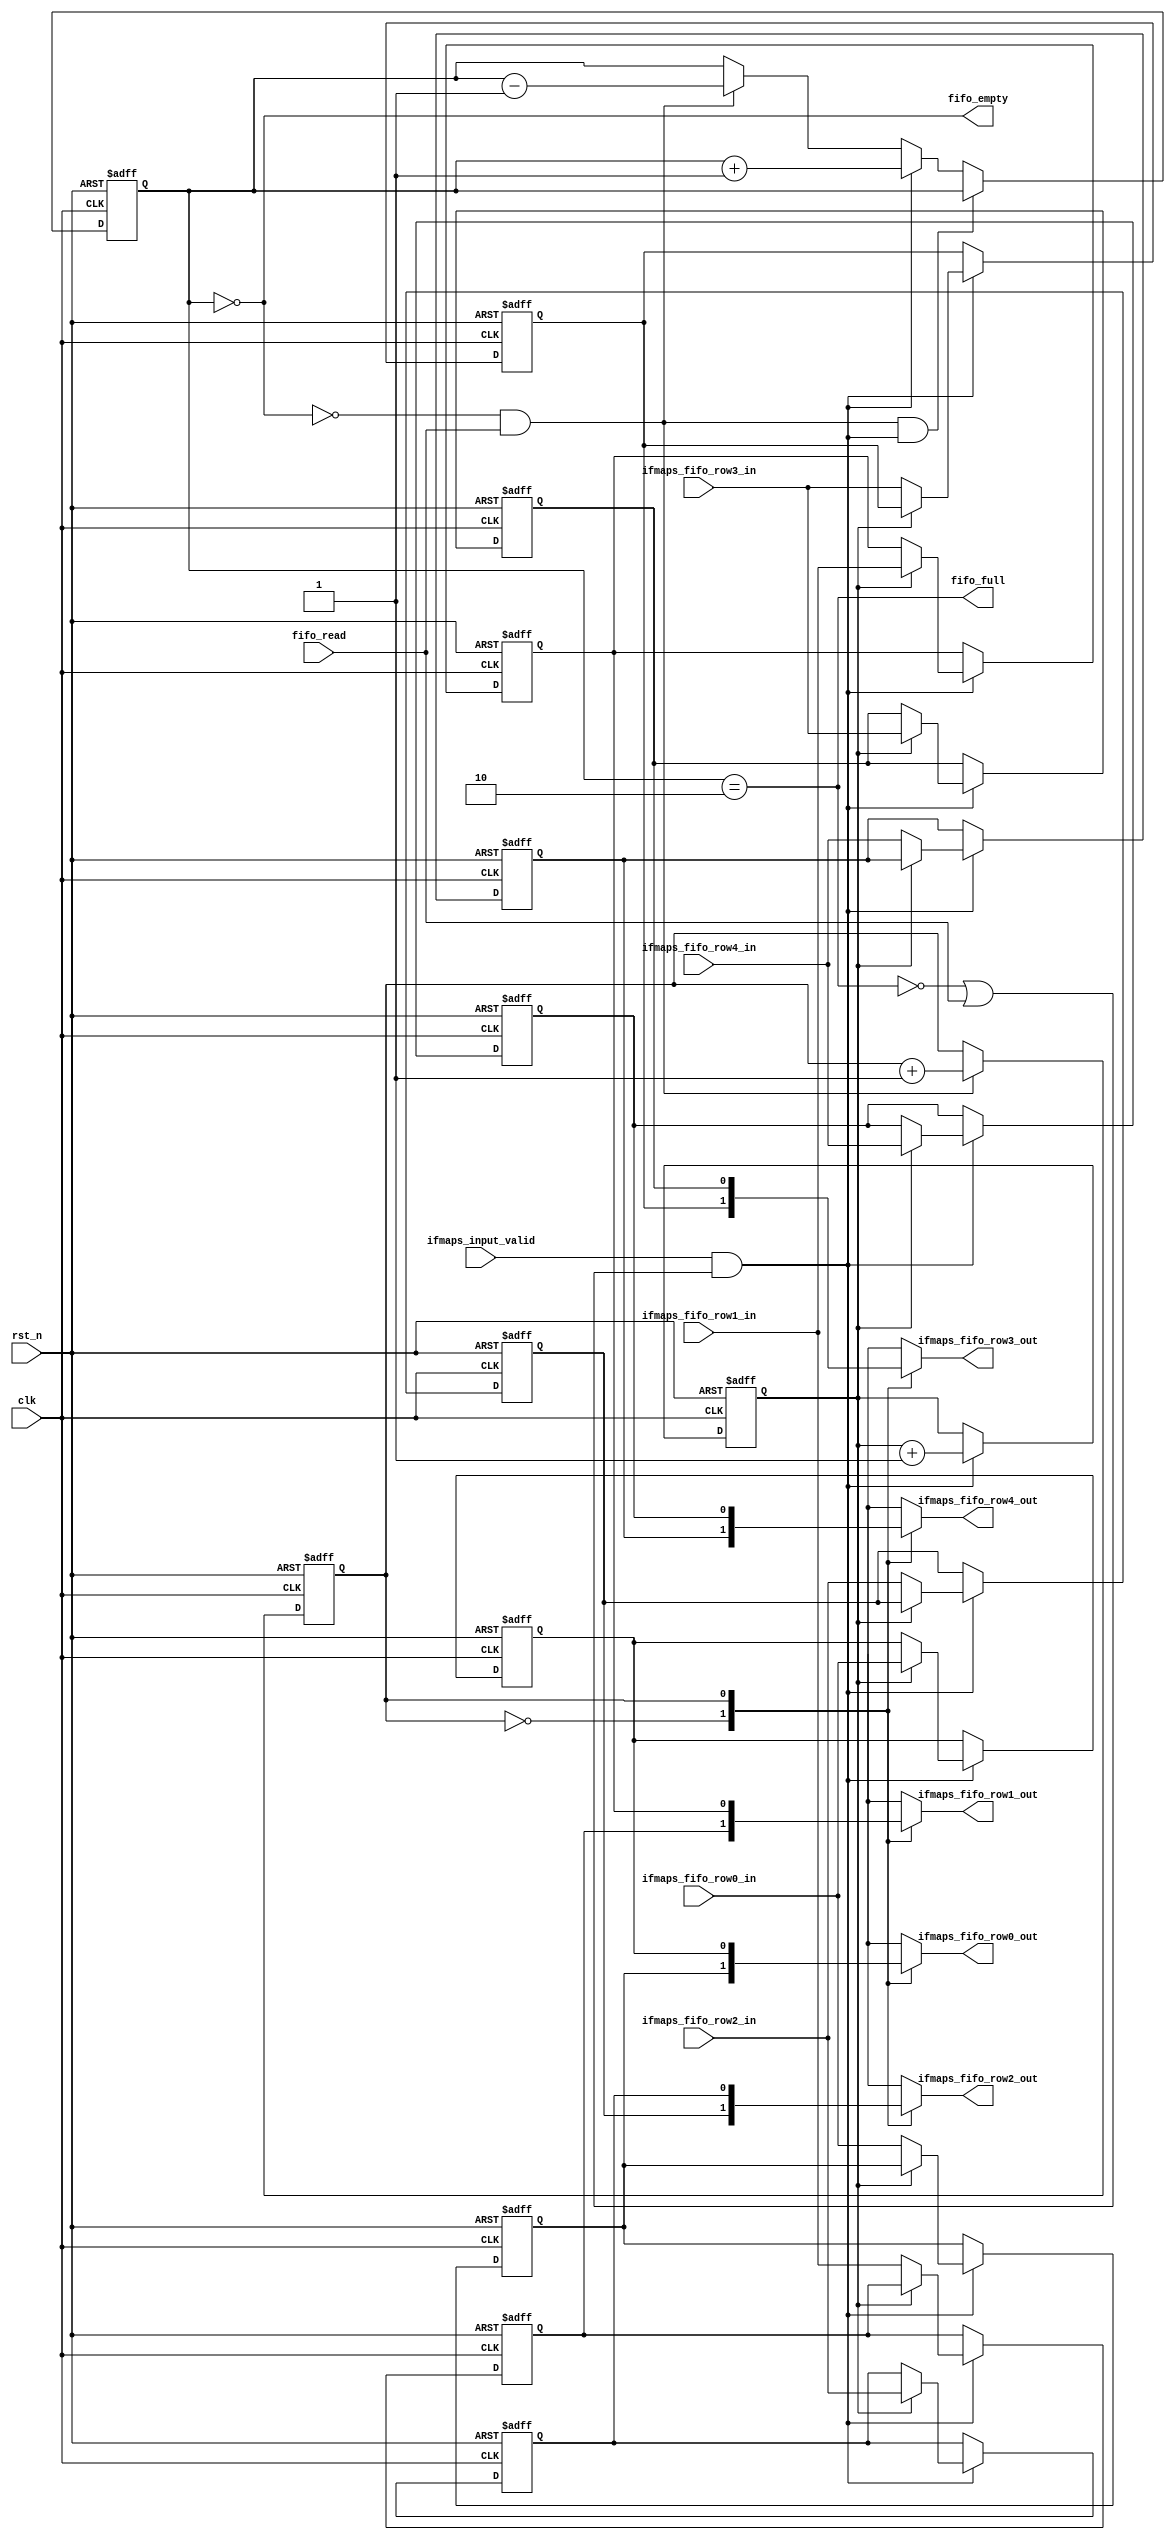
// This program was cloned from: https://github.com/space789/BNN-Hardware-accelerator
// License: MIT License

`timescale 1 ns / 1 ps

module MAC_ifmaps_FIFO #
(
    parameter integer DATA_WIDTH = 1
)
(
    //global
    input wire clk,
    input wire rst_n,

    //data
    input wire [DATA_WIDTH-1:0] ifmaps_fifo_row0_in,
    input wire [DATA_WIDTH-1:0] ifmaps_fifo_row1_in,
    input wire [DATA_WIDTH-1:0] ifmaps_fifo_row2_in,
    input wire [DATA_WIDTH-1:0] ifmaps_fifo_row3_in,
    input wire [DATA_WIDTH-1:0] ifmaps_fifo_row4_in,

    output wire [DATA_WIDTH-1:0] ifmaps_fifo_row0_out,
    output wire [DATA_WIDTH-1:0] ifmaps_fifo_row1_out,
    output wire [DATA_WIDTH-1:0] ifmaps_fifo_row2_out,
    output wire [DATA_WIDTH-1:0] ifmaps_fifo_row3_out,
    output wire [DATA_WIDTH-1:0] ifmaps_fifo_row4_out,

    //control
    input ifmaps_input_valid,
    input wire fifo_read,

    output wire fifo_full,
    output wire fifo_empty
);
//2022/08/31

    function integer clogb2 (input integer bit_depth);
	  begin
	    for(clogb2=0; bit_depth>0; clogb2=clogb2+1)
	      bit_depth = bit_depth >> 1;
	  end
	endfunction

	//FIFO_SIZE
	localparam FIFO_SIZE  = 2;
	// bit_num gives the minimum number of bits needed to address 'FIFO_SIZE' size of FIFO.
	localparam bit_num  = clogb2(FIFO_SIZE-1);

    integer idx;

    reg [DATA_WIDTH-1:0] ifmaps_fifo_row0 [0:FIFO_SIZE-1];
    reg [DATA_WIDTH-1:0] ifmaps_fifo_row1 [0:FIFO_SIZE-1];
    reg [DATA_WIDTH-1:0] ifmaps_fifo_row2 [0:FIFO_SIZE-1];
    reg [DATA_WIDTH-1:0] ifmaps_fifo_row3 [0:FIFO_SIZE-1];
    reg [DATA_WIDTH-1:0] ifmaps_fifo_row4 [0:FIFO_SIZE-1];

    reg [bit_num-1:0] fifo_write_ptr;
	reg [bit_num-1:0] fifo_read_ptr;
	reg [bit_num:0] fifo_cnt;

    wire write_en;
    wire read_en;
    
    assign ifmaps_fifo_row0_out=ifmaps_fifo_row0[fifo_read_ptr];
    assign ifmaps_fifo_row1_out=ifmaps_fifo_row1[fifo_read_ptr];
    assign ifmaps_fifo_row2_out=ifmaps_fifo_row2[fifo_read_ptr];
    assign ifmaps_fifo_row3_out=ifmaps_fifo_row3[fifo_read_ptr];
    assign ifmaps_fifo_row4_out=ifmaps_fifo_row4[fifo_read_ptr];

    assign fifo_full=(fifo_cnt==FIFO_SIZE);
	assign fifo_empty=(fifo_cnt==0);

    // assign write_en=(~fifo_full & ifmaps_input_valid) | (fifo_full & ifmaps_input_valid & fifo_read);
    assign write_en=ifmaps_input_valid & ((~fifo_full) | fifo_read);
    assign read_en=~fifo_empty & fifo_read;

    always @(posedge clk or negedge rst_n) begin
		if(!rst_n) begin
			for(idx=0;idx<FIFO_SIZE;idx=idx+1)
			begin
				ifmaps_fifo_row0[idx]<=32'd0;
                ifmaps_fifo_row1[idx]<=32'd0;
                ifmaps_fifo_row2[idx]<=32'd0;
                ifmaps_fifo_row3[idx]<=32'd0;
                ifmaps_fifo_row4[idx]<=32'd0;
			end			
		end
		else begin
			if(write_en) begin
				ifmaps_fifo_row0[fifo_write_ptr]<=ifmaps_fifo_row0_in;
				ifmaps_fifo_row1[fifo_write_ptr]<=ifmaps_fifo_row1_in;
				ifmaps_fifo_row2[fifo_write_ptr]<=ifmaps_fifo_row2_in;
				ifmaps_fifo_row3[fifo_write_ptr]<=ifmaps_fifo_row3_in;
				ifmaps_fifo_row4[fifo_write_ptr]<=ifmaps_fifo_row4_in;
			end
		end
	end

    // always @(posedge clk or negedge rst_n) begin
    //     if(!rst_n) begin
    //         ifmaps_fifo_row0_out<=0;
    //         ifmaps_fifo_row1_out<=0;
    //         ifmaps_fifo_row2_out<=0;
    //         ifmaps_fifo_row3_out<=0;
    //         ifmaps_fifo_row4_out<=0;
    //     end
    //     else begin
    //         if(read_en) begin
    //             ifmaps_fifo_row0_out<=ifmaps_fifo_row0[fifo_read_ptr];
    //             ifmaps_fifo_row1_out<=ifmaps_fifo_row1[fifo_read_ptr];
    //             ifmaps_fifo_row2_out<=ifmaps_fifo_row2[fifo_read_ptr];
    //             ifmaps_fifo_row3_out<=ifmaps_fifo_row3[fifo_read_ptr];
    //             ifmaps_fifo_row4_out<=ifmaps_fifo_row4[fifo_read_ptr];
    //         end
    //     end
    // end

    always @(posedge clk or negedge rst_n) begin
        if(!rst_n) begin
            fifo_write_ptr<=0;
        end
        else begin
            if(write_en) begin
                fifo_write_ptr<=fifo_write_ptr+1;
            end
        end
    end

    always @(posedge clk or negedge rst_n) begin
		if(!rst_n) begin
			fifo_read_ptr<=0;
		end
		else begin
			if(read_en) begin
				fifo_read_ptr<=fifo_read_ptr+1;
			end
		end
	end

    always @(posedge clk or negedge rst_n) begin
        if(!rst_n) begin
            fifo_cnt<=0;
        end
        else begin
            if(read_en & write_en) begin
                fifo_cnt<=fifo_cnt;
            end
            else if(write_en) begin
                fifo_cnt<=fifo_cnt+1;
            end
            else if(read_en) begin
                fifo_cnt<=fifo_cnt-1;
            end 
            else begin
                fifo_cnt<=fifo_cnt;
            end
        end
    end

endmodule